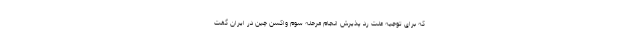
که برای توجیه علت رد پذیرش انجام مرحله سوم واکسن چین در ایران گفت